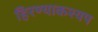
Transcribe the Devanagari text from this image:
हिरण्याकश्यप